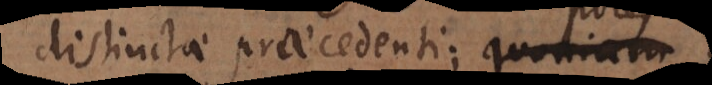
distinctae praecedenti; ac